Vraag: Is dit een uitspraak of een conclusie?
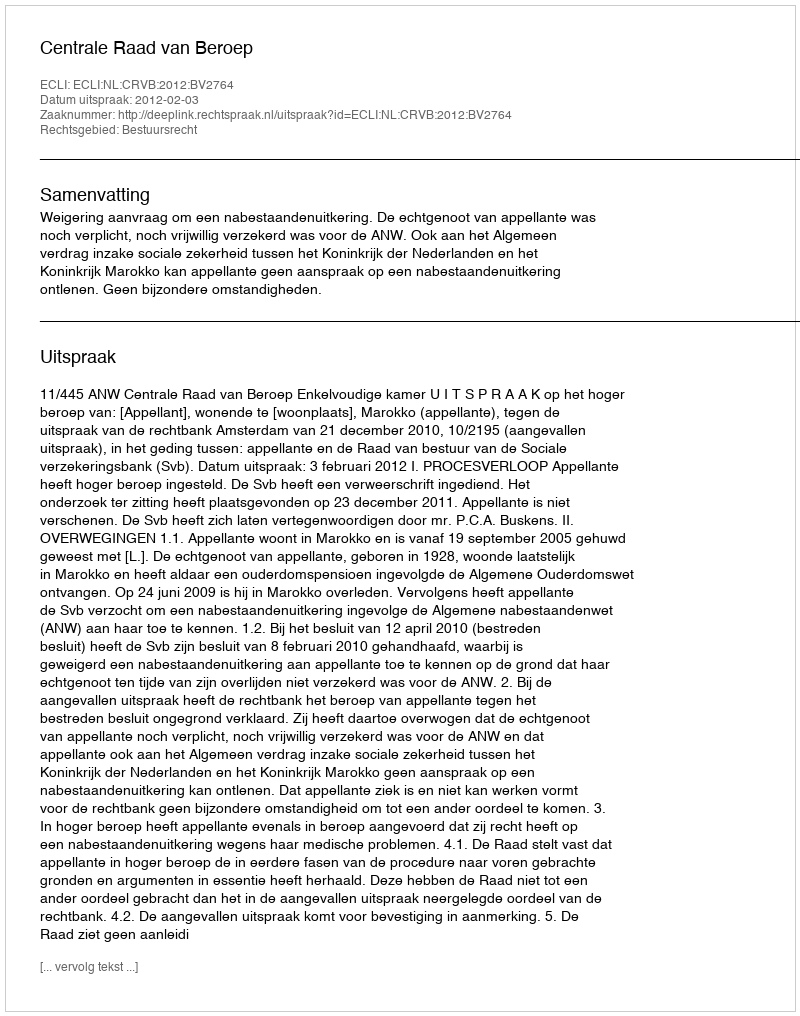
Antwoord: Uitspraak